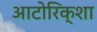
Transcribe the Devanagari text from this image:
आटोरिक्शा